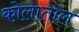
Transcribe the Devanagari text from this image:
कोलाताल